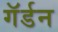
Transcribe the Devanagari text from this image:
गॅर्डन